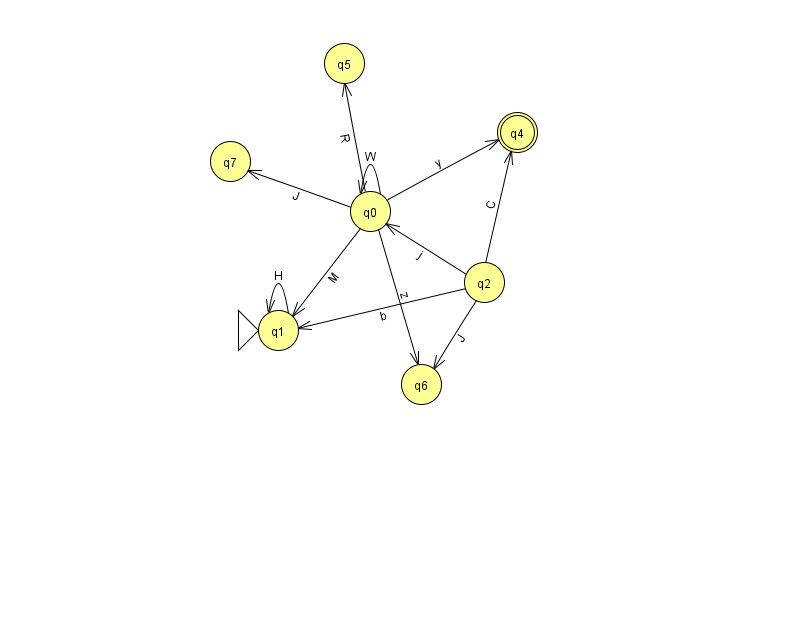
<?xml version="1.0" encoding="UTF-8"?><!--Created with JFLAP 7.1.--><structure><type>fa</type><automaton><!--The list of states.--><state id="0" name="q0"><x>370.0</x><y>198.0</y></state><state id="1" name="q1"><x>278.0</x><y>317.0</y><initial/></state><state id="2" name="q2"><x>484.0</x><y>269.0</y></state><state id="4" name="q4"><x>517.0</x><y>119.0</y><final/></state><state id="5" name="q5"><x>344.0</x><y>50.0</y></state><state id="6" name="q6"><x>421.0</x><y>371.0</y></state><state id="7" name="q7"><x>230.0</x><y>148.0</y></state><!--The list of transitions.--><transition><from>0</from><to>6</to><read>z</read></transition><transition><from>2</from><to>4</to><read>C</read></transition><transition><from>2</from><to>1</to><read>b</read></transition><transition><from>2</from><to>6</to><read>J</read></transition><transition><from>0</from><to>5</to><read>R</read></transition><transition><from>0</from><to>0</to><read>W</read></transition><transition><from>1</from><to>1</to><read>H</read></transition><transition><from>0</from><to>7</to><read>J</read></transition><transition><from>0</from><to>4</to><read>y</read></transition><transition><from>0</from><to>1</to><read>M</read></transition><transition><from>2</from><to>0</to><read>j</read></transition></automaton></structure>